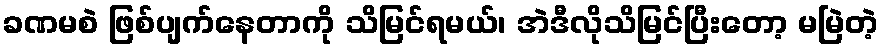
ခဏမစဲ ဖြစ်ပျက်နေတာကို သိမြင်ရမယ်၊ အဲဒီလိုသိမြင်ပြီးတော့ မမြဲတဲ့